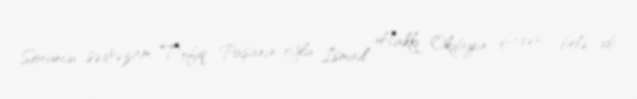
Sonuncu sədrəzam Tofiq Paşanın oğlu İsmail Hakkı Okdayın ifadəsi belə idi: